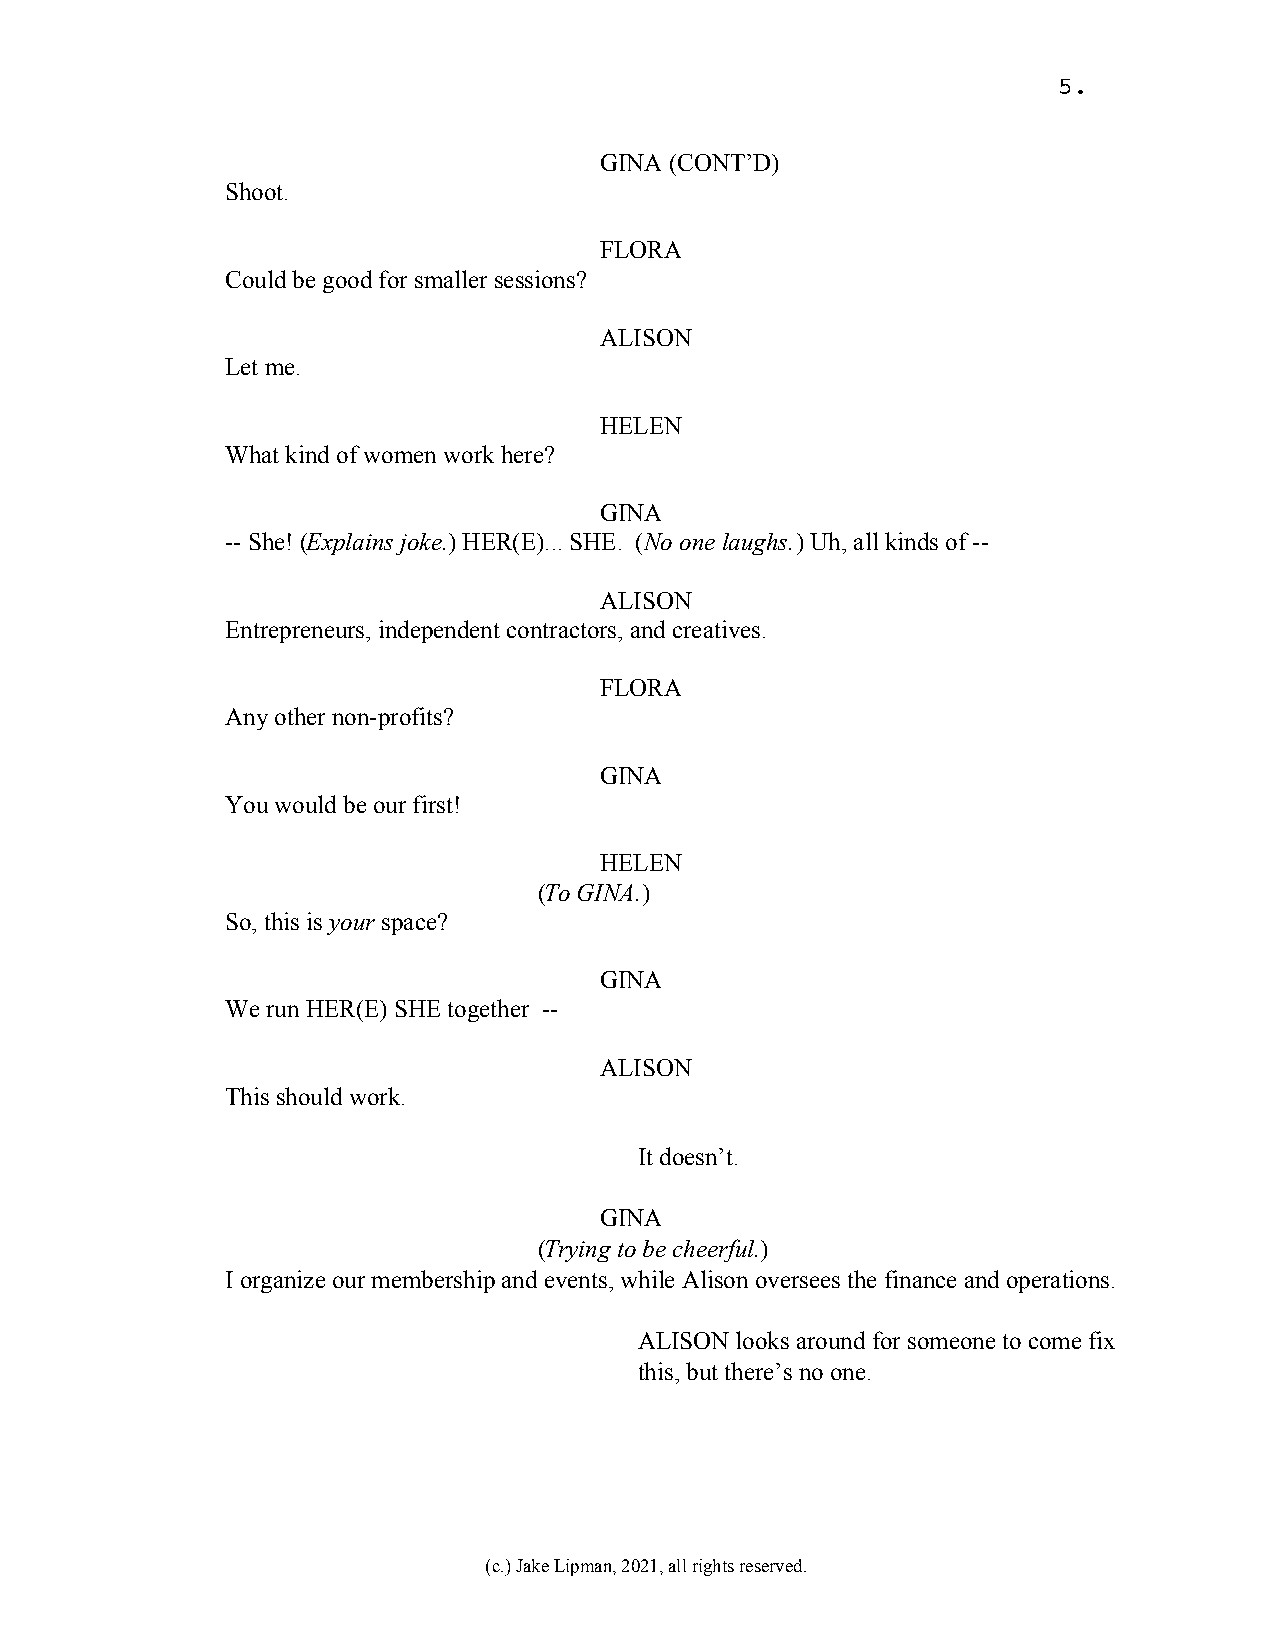
5.
 GINA (CONT’D)
 Shoot.
 FLORA
 Could be good for smaller sessions?
 ALISON
 Let me.
 HELEN
 What kind of women work here?
 GINA
 -- She! (Explains joke.) HER(E)... SHE. (No one laughs.) Uh, all kinds of --
 ALISON
 Entrepreneurs, independent contractors, and creatives.
 FLORA
 Any other non-profits?
 GINA
 You would be our first!
 HELEN
 (To GINA.)
 So, this is your space?
 GINA
 We run HER(E) SHE together --
 ALISON
 This should work.
 It doesn’t.
 GINA
 (Trying to be cheerful.)
 I organize our membership and events, while Alison oversees the finance and operations.
 ALISON looks around for someone to come fix
 this, but there’s no one.
 (c.) Jake Lipman, 2021, all rights reserved.